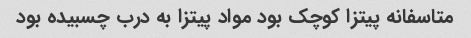
متاسفانه پیتزا کوچک بود مواد پیتزا به درب چسبیده بود